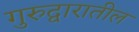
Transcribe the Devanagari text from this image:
गुरुद्वारातील